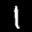
Label: 1